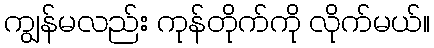
ကျွန်မလည်း ကုန်တိုက်ကို လိုက်မယ်။